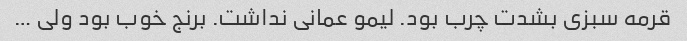
قرمه سبزی بشدت چرب بود. لیمو عمانی نداشت. برنج خوب بود ولی …